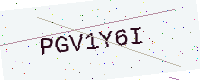
Text: PGV1Y6I